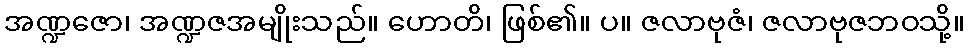
အဏ္ဍဇော၊ အဏ္ဍဇအမျိုးသည်။ ဟောတိ၊ ဖြစ်၏။ ပ။ ဇလာဗုဇံ၊ ဇလာဗုဇဘဝသို့။